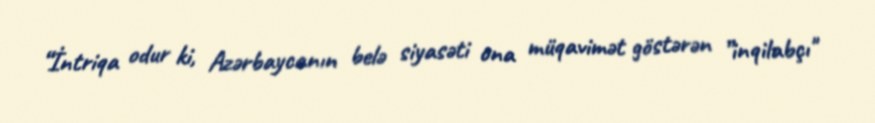
“İntriqa odur ki, Azərbaycanın belə siyasəti ona müqavimət göstərən ”inqilabçı"